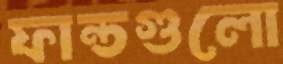
ফান্ডগুলো